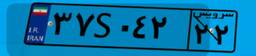
۳۷S۰۴۲۲۲